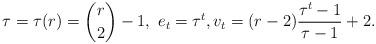
LaTeX: \begin{align*}\tau = \tau(r) = \binom{r}{2}-1,\ e_t = \tau^t, v_t = (r-2) \frac{\tau^t-1}{\tau-1} + 2.\end{align*}